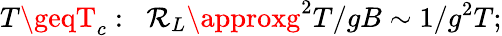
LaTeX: T\geqT_{c}:\; \; \mathcal{R}_{L}\approxg^{2}T/gB\sim1/g^{2}T;